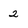
Character: 2